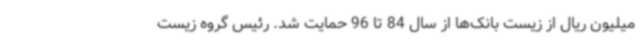
میلیون ریال از زیست بانک‌ها از سال 84 تا 96 حمایت شد. رئیس گروه زیست